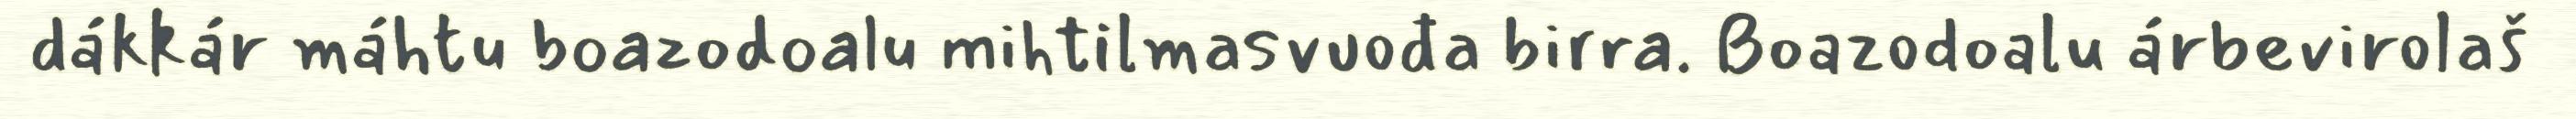
dákkár máhtu boazodoalu mihtilmasvuođa birra. Boazodoalu árbevirolaš